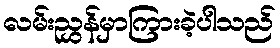
လမ်းညွှန်မှာကြားခဲ့ပါသည်